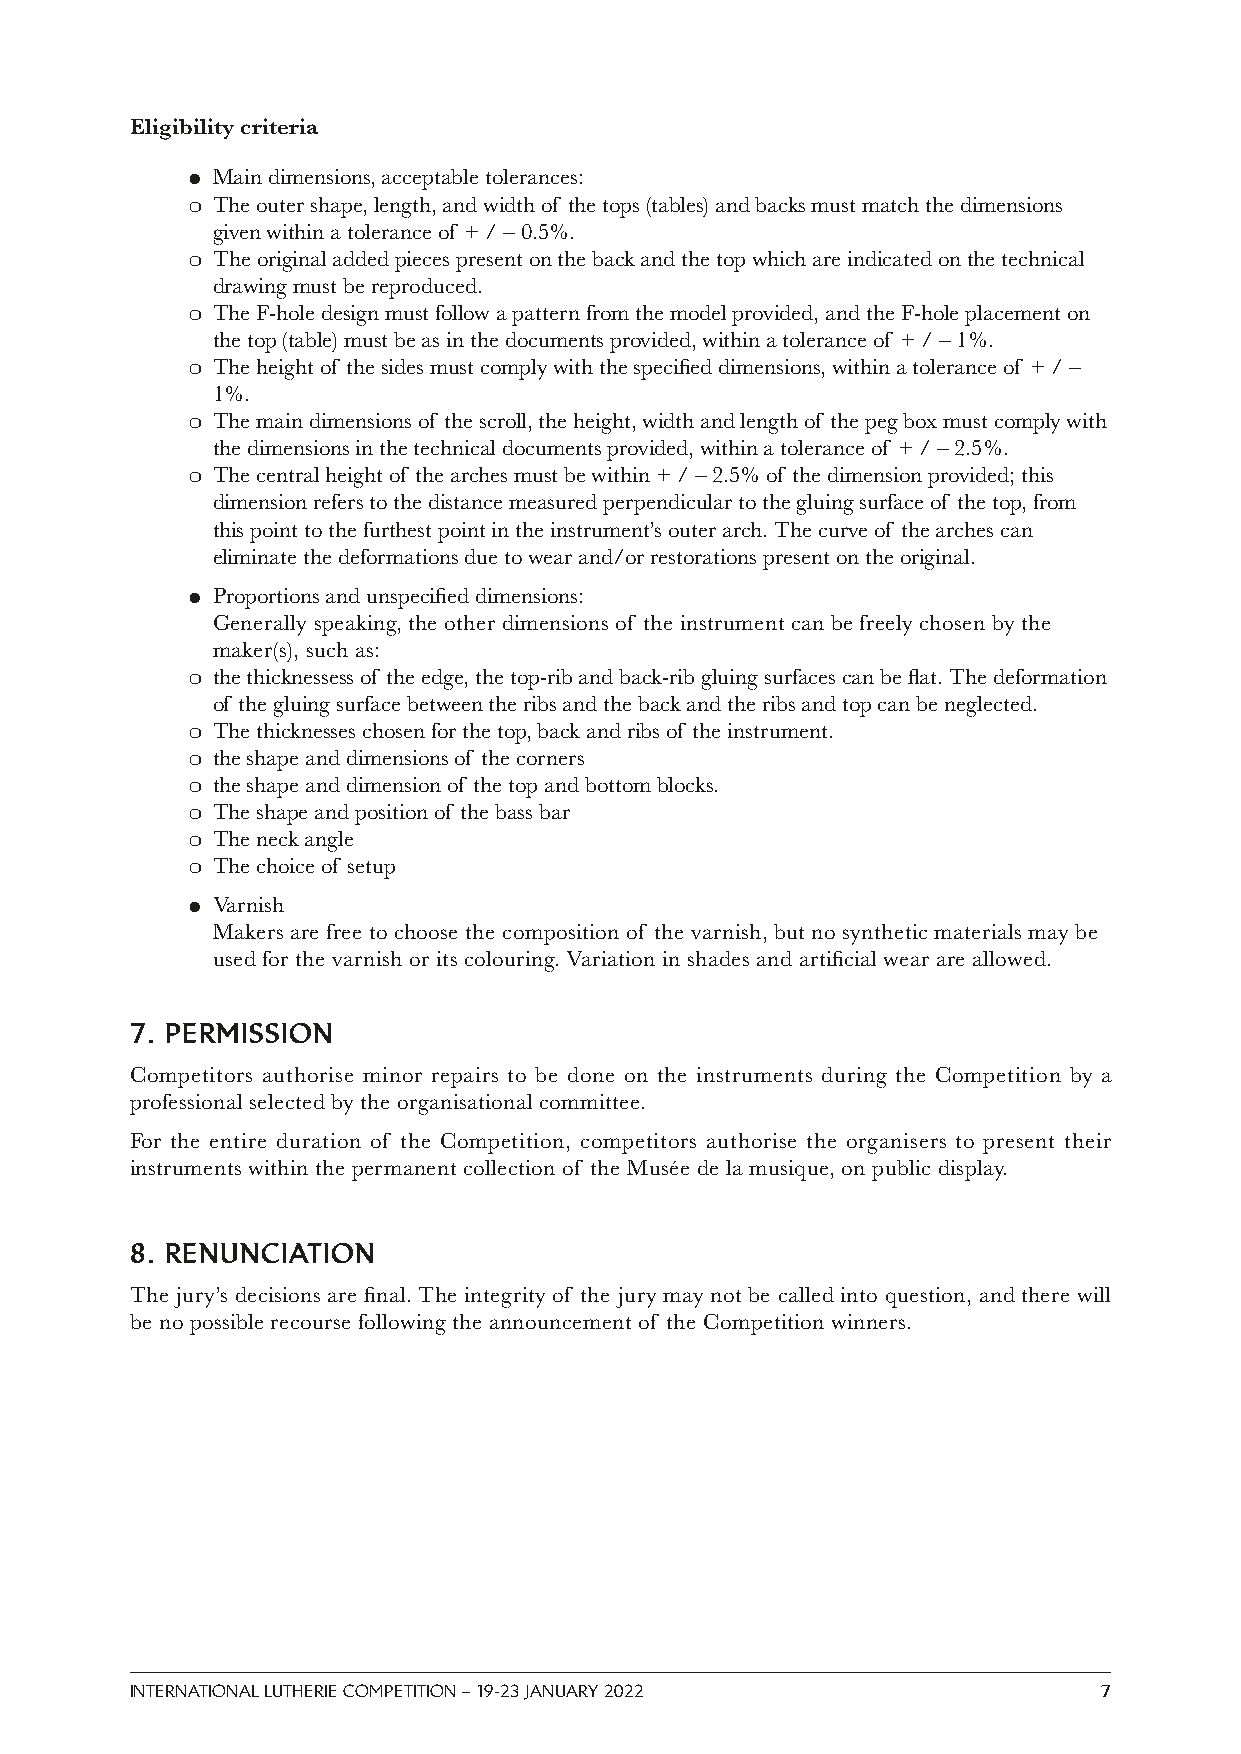
Eligibility criteria
 ● Main dimensions, acceptable tolerances:
 ❍ The outer shape, length, and width of the tops (tables) and backs must match the dimensions
 given within a tolerance of + / – 0.5%.
 ❍ The original added pieces present on the back and the top which are indicated on the technical
 drawing must be reproduced.
 ❍ The F-hole design must follow a pattern from the model provided, and the F-hole placement on
 the top (table) must be as in the documents provided, within a tolerance of + / – 1%.
 ❍ The height of the sides must comply with the specified dimensions, within a tolerance of + / –
 1%.
 ❍ The main dimensions of the scroll, the height, width and length of the peg box must comply with
 the dimensions in the technical documents provided, within a tolerance of + / – 2.5%.
 ❍ The central height of the arches must be within + / – 2.5% of the dimension provided; this
 dimension refers to the distance measured perpendicular to the gluing surface of the top, from
 this point to the furthest point in the instrument’s outer arch. The curve of the arches can
 eliminate the deformations due to wear and/or restorations present on the original.
 ● Proportions and unspecified dimensions:
 Generally speaking, the other dimensions of the instrument can be freely chosen by the
 maker(s), such as:
 ❍ the thicknessess of the edge, the top-rib and back-rib gluing surfaces can be flat. The deformation
 of the gluing surface between the ribs and the back and the ribs and top can be neglected.
 ❍ The thicknesses chosen for the top, back and ribs of the instrument.
 ❍ the shape and dimensions of the corners
 ❍ the shape and dimension of the top and bottom blocks.
 ❍ The shape and position of the bass bar
 ❍ The neck angle
 ❍ The choice of setup
 ● Varnish
 Makers are free to choose the composition of the varnish, but no synthetic materials may be
 used for the varnish or its colouring. Variation in shades and artificial wear are allowed.
 7. PERMISSION
 Competitors authorise minor repairs to be done on the instruments during the Competition by a
 professional selected by the organisational committee.
 For the entire duration of the Competition, competitors authorise the organisers to present their
 instruments within the permanent collection of the Musée de la musique, on public display.
 8. RENUNCIATION
 The jury’s decisions are final. The integrity of the jury may not be called into question, and there will
 be no possible recourse following the announcement of the Competition winners.
 INTERNATIONAL LUTHERIE COMPETITION – 19-23 JANUARY 2022         7